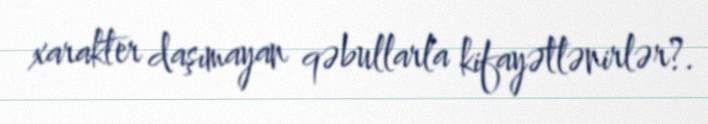
xarakter daşımayan qəbullarla kifayətlənirlər?.